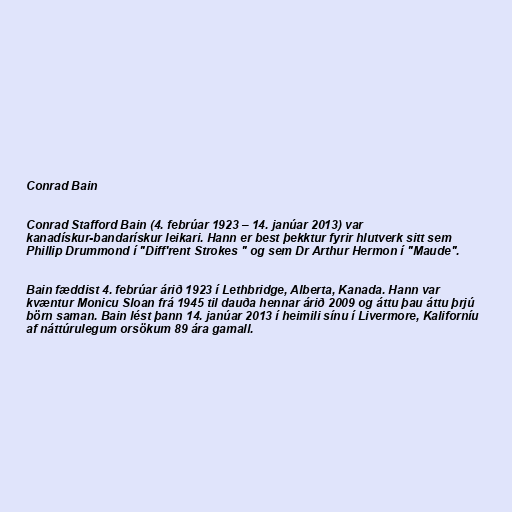
Conrad Bain

Conrad Stafford Bain (4. febrúar 1923 – 14. janúar 2013) var
kanadískur-bandarískur leikari. Hann er best þekktur fyrir hlutverk sitt sem
Phillip Drummond í "Diff'rent Strokes " og sem Dr Arthur Hermon í "Maude".

Bain fæddist 4. febrúar árið 1923 í Lethbridge, Alberta, Kanada. Hann var
kvæntur Monicu Sloan frá 1945 til dauða hennar árið 2009 og áttu þau áttu þrjú
börn saman. Bain lést þann 14. janúar 2013 í heimili sínu í Livermore, Kaliforníu
af náttúrulegum orsökum 89 ára gamall.